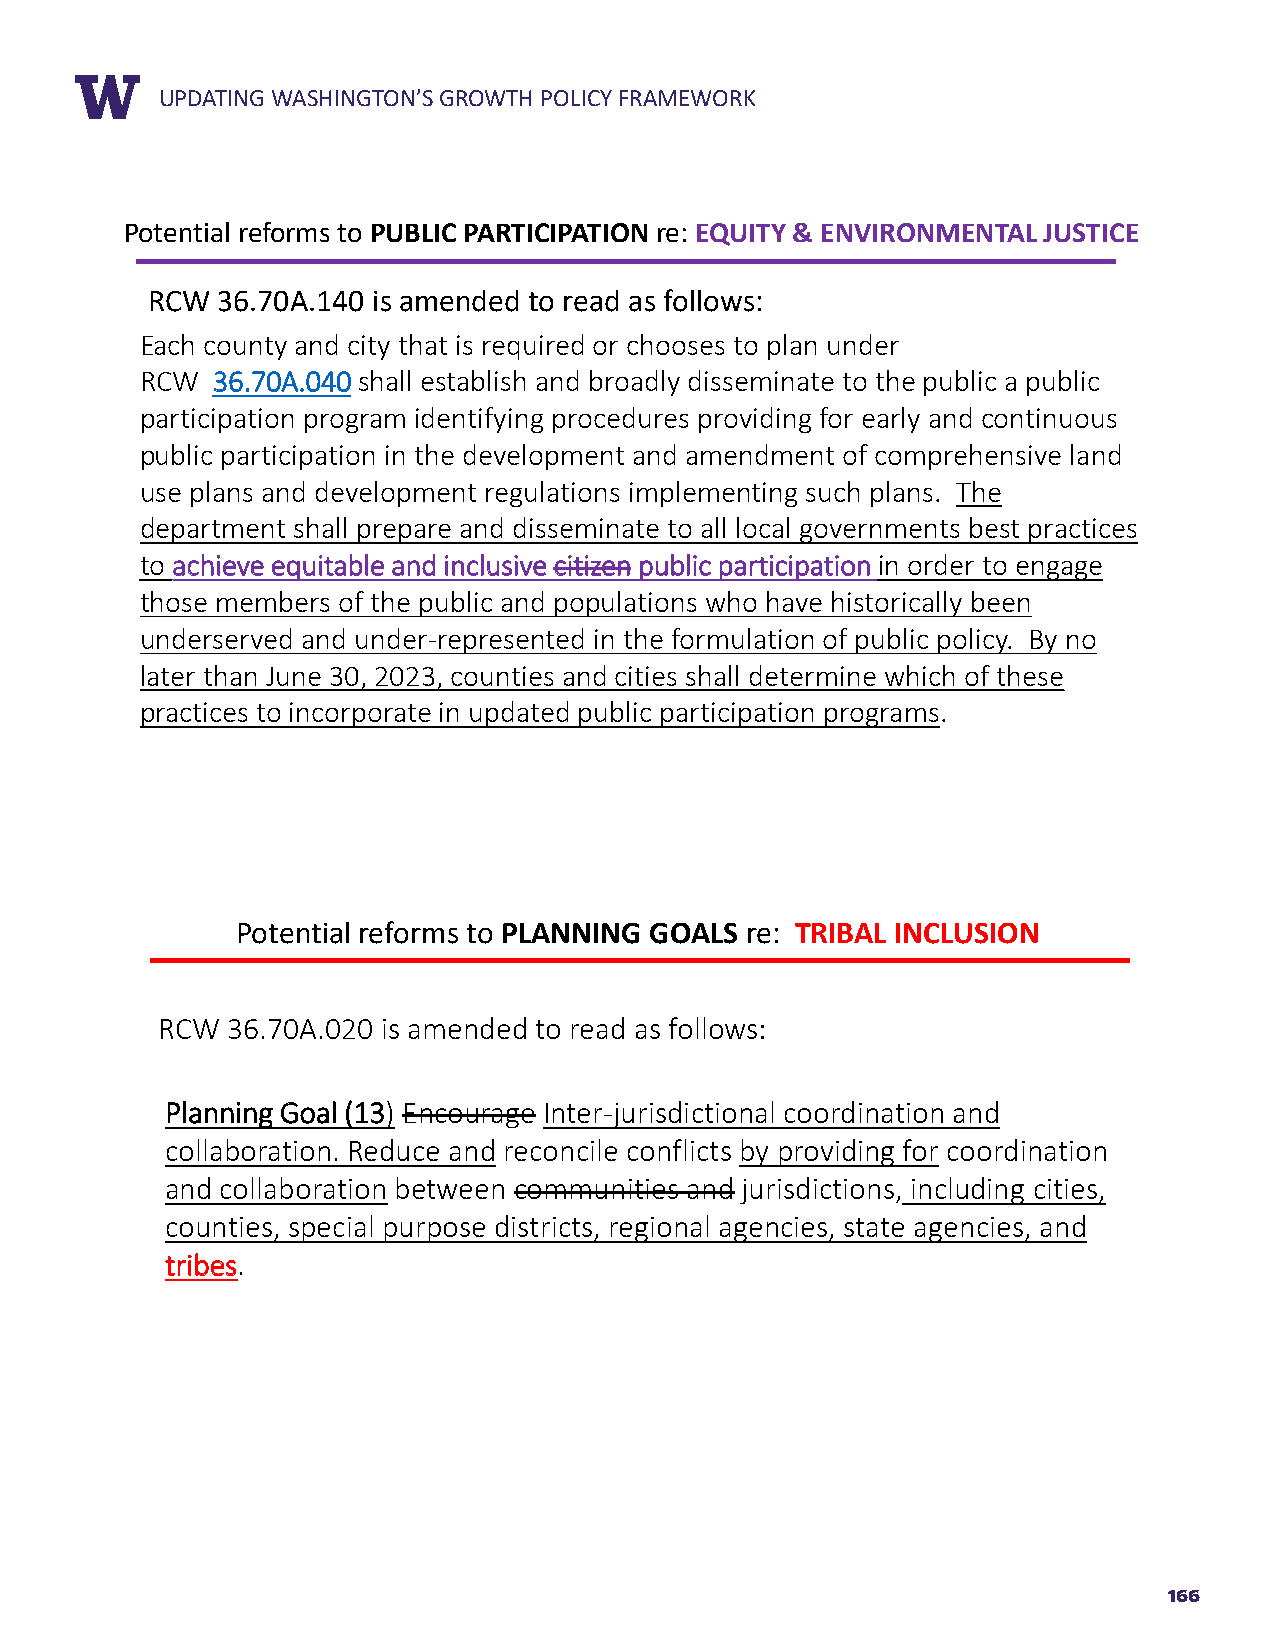
RUEPPDOARTTIN TGIT WLEASHINGTON’S GROWTH POLICY FRAMEWORK
 Potential reforms to PUBLIC PARTICIPATION re: EQUITY & ENVIRONMENTAL JUSTICE
 RCW 36.70A.140 is amended to read as follows:
 Each county and city that is required or chooses to plan under
 RCW  3366..7700AA..004400shall establish and broadly disseminate to the public a public
 participation program identifying procedures providing for early and continuous
 public participation in the development and amendment of comprehensive land
 use plans and development regulations implementing such plans. The
 department shall prepare and disseminate to all local governments best practices
 to aacchhiieevvee eeqquuiittaabbllee aanndd iinncclluussiivvee cciittiizzeennppuubblliicc ppaarrttiicciippaattiioonn in order to engage
 those members of the public and populations who have historically been
 underserved and under-represented in the formulation of public policy. By no
 later than June 30, 2023, counties and cities shall determine which of these
 practices to incorporate in updated public participation programs.
 Potential reforms to PLANNING GOALS re: TRIBAL INCLUSION
 RCW  36.70A.020 is amended to read as follows:
 PPllaannnniinngg GGooaall ((1133) Encourage Inter-jurisdictional coordination and
 collaboration. Reduce and reconcile conflicts by providing for coordination
 and collaboration between communities and jurisdictions, including cities,
 counties, special purpose districts, regional agencies, state agencies, and
 ttrriibbeess.
 166